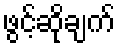
ဖွင့်ဆိုချက်